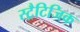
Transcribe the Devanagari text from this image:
स्ट्रैटिजिक